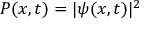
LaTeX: P ( x , t ) = | \psi ( x , t ) | ^ { 2 }